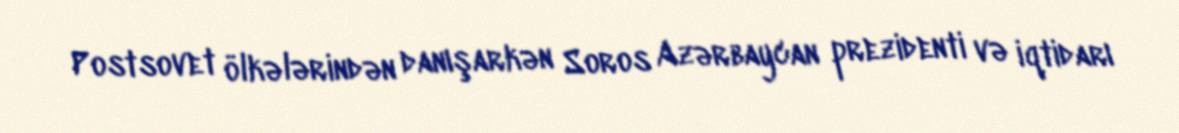
Postsovet ölkələrindən danışarkən Soros Azərbaycan prezidenti və iqtidarı